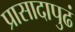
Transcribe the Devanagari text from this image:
प्रासादापुढं